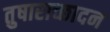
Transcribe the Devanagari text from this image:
तुषाराच्छादन